Indian journal of veterinary science and animal husbandry - Volume 5,
Year: 1935
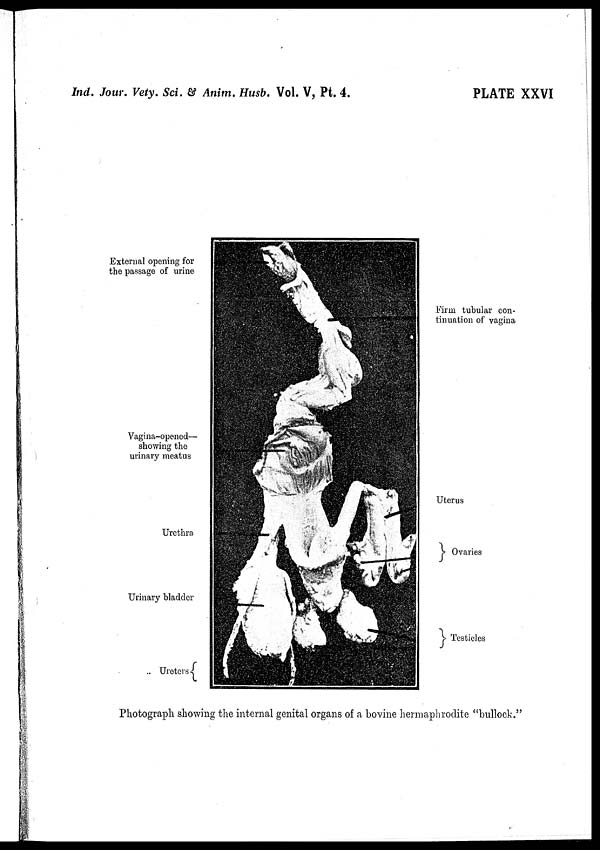
Ind. Jour. Vety. Sci, & Anim. Husb. Vol. V, Pt. 4.
PLATE XXVI
Photograph showing the internal genital organs of a bovine hermaphrodite "bullock."